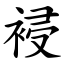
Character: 䘲